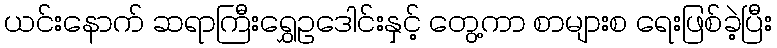
ယင်းနောက် ဆရာကြီးရွှေဥဒေါင်းနှင့် တွေ့ကာ စာများစ ရေးဖြစ်ခဲ့ပြီး